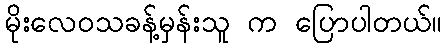
မိုးလေဝသခန့်မှန်းသူ က ပြောပါတယ်။